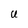
Character: U